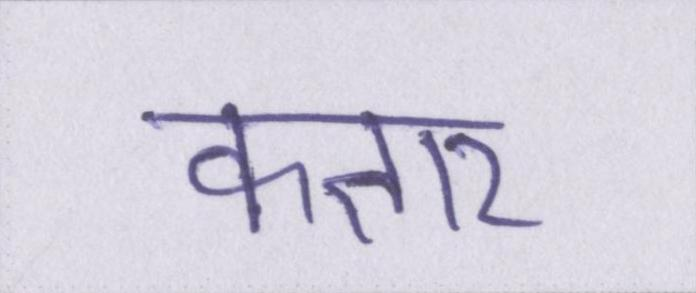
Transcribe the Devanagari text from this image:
कतार